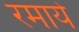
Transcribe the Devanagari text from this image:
रमाये